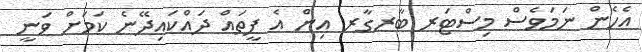
އެހެން ނަމަވެސް މިސްޓަރ ބާރގާރ އިން އެ ފީތައް ދައްކައިދޭނެ ކަމަށް ވަނީ